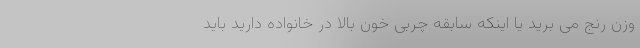
وزن رنج می برید یا اینکه سابقه چربی خون بالا در خانواده دارید باید